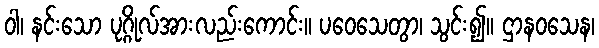
ဝါ၊ နင်းသော ပုဂ္ဂိုလ်အားလည်းကောင်း။ ပဝေသေတွာ၊ သွင်း၍။ ဌာနဝသေန၊